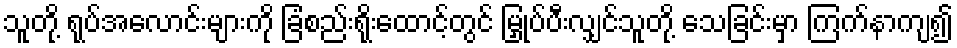
သူတို့ ရုပ်အလောင်းများကို ခြံစည်းရိုးထောင့်တွင် မြှုပ်ပီးလျှင်သူတို့ သေခြင်းမှာ ကြက်နာကျ၍